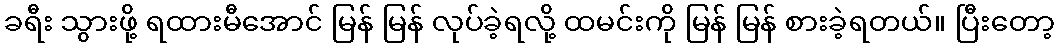
ခရီး သွားဖို့ ရထားမီအောင် မြန် မြန် လုပ်ခဲ့ရလို့ ထမင်းကို မြန် မြန် စားခဲ့ရတယ်။ ပြီးတော့